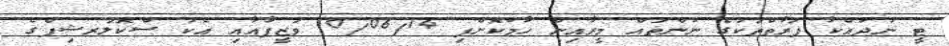
ޓީ ނުދައްކާ ފަރާތްތަކުގެ ނަންތައް މީރާއިން ހާމަކޮށްފި 10/06/14 ވަޒީފާއާއި އެކު ސްކޮލަރޝިފްގެ